Indian journal of veterinary science and animal husbandry - Volume 3,
Year: 1933
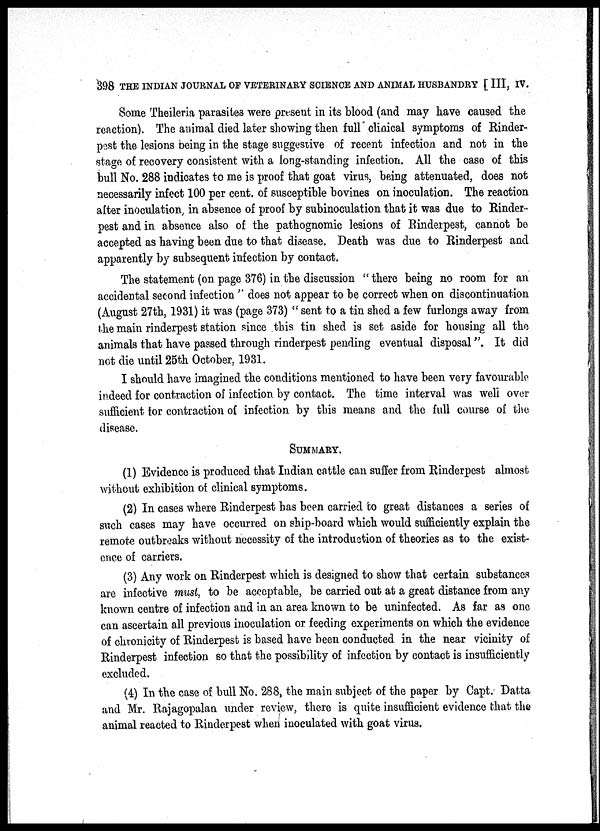
398 THE INDIAN JOURNAL OF VETERINARY SCIENCE AND ANIMAL HUSBANDRY [ III, IV.
Some Theileria parasites were present in its blood (and may have caused the
reaction). The animal died later showing then full clinical symptoms of Rinder-
pest the lesions being in the stage suggestive of recent infection and not in the
stage of recovery consistent with a long-standing infection. All the case of this
bull No. 288 indicates to me is proof that goat virus, being attenuated, does not
necessarily infect 100 per cent. of susceptible bovines on inoculation. The reaction
after inoculation, in absence of proof by subinoculation that it was due to Rinder-
pest and in absence also of the pathognomic lesions of Rinderpest, cannot be
accepted as having been due to that disease. Death was due to Rinderpest and
apparently by subsequent infection by contact.
The statement (on page 376) in the discussion " there being no room for an
accidental second infection " does not appear to be correct when on discontinuation
(August 27th, 1931) it was (page 373) " sent to a tin shed a few furlongs away from
the main rinderpest station since this tin shed is set aside for housing all the
animals that have passed through rinderpest pending eventual disposal". It did
not die until 25th October, 1931.
I should have imagined the conditions mentioned to have been very favourable
indeed for contraction of infection by contact. The time interval was well over
sufficient tor contraction of infection by this means and the full course of the
disease.
SUMMARY.
(1) Evidence is produced that Indian cattle can suffer from Rinderpest almost
without exhibition of clinical symptoms.
(2) In cases where Rinderpest has been carried to great distances a series of
such cases may have occurred on ship-board which would sufficiently explain the
remote outbreaks without necessity of the introduction of theories as to the exist-
ence of carriers.
(3) Any work on Rinderpest which is designed to show that certain substances
are infective must, to be acceptable, be carried out at a great distance from any
known centre of infection and in an area known to be uninfected. As far as one
can ascertain all previous inoculation or feeding experiments on which the evidence
of chronicity of Rinderpest is based have been conducted in the near vicinity of
Rinderpest infection so that the possibility of infection by contact is insufficiently
excluded.
(4) In the case of bull No. 288, the main subject of the paper by Capt. Datta
and Mr. Rajagopalan under review, there is quite insufficient evidence that the
animal reacted to Rinderpest when inoculated with goat virus.